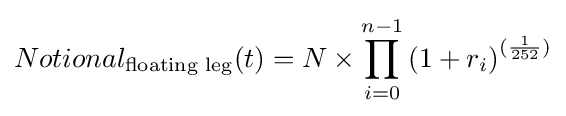
Notional_{\text{floating leg}}(t)=N\times \prod _{i=0}^{n-1}\left(1+r_{i}\right)^{({\frac {1}{252}})}